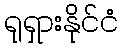
ရုရှားနိုင်ငံ